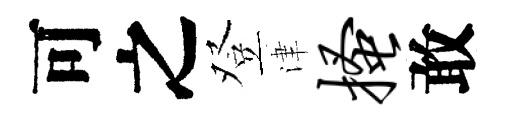
可之登津搔敢